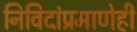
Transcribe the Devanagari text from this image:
निविदांप्रमाणेही